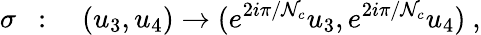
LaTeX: \sigma~~:\quad(u_{3},u_{4})\to(e^{2i\pi/\mathcal{N}_{c}}u_{3},e^{2i\pi/\mathcal{N}_{c}}u_{4})~,